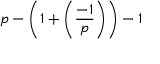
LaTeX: p - \left( 1 + \left( { \frac { - 1 } { p } } \right) \right) - 1